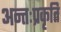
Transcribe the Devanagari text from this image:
अन्तःप्रकृति